Indian journal of veterinary science and animal husbandry - Volume 7,
Year: 1937
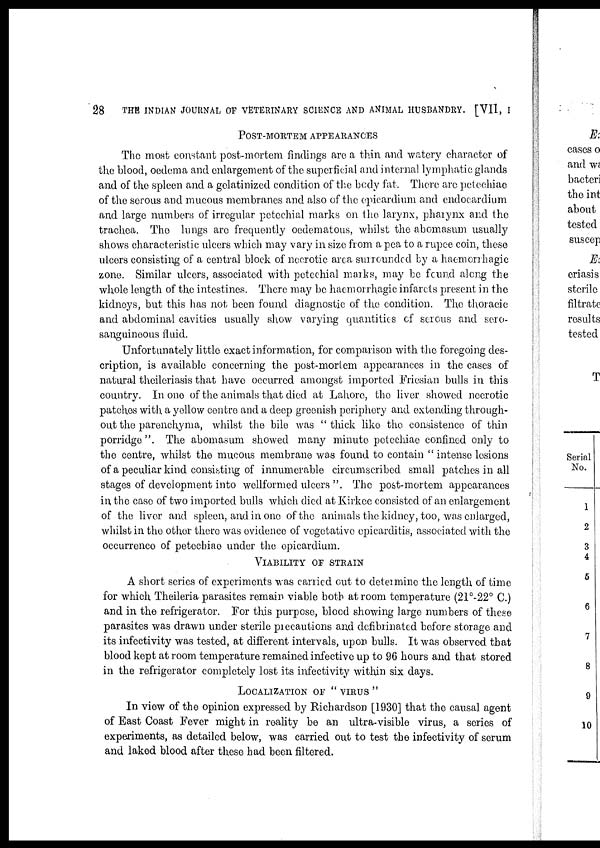
28
THE INDIAN JOURNAL OF VETERINARY SCIENCE AND ANIMAL HUSBANDRY. [VII, I
POST-MORTEM APPEARANCES
The most constant post-mortem findings are a thin and watery character of
the blood, oedema and enlargement of the superficial and internal lymphatic glands
and of the spleen and a gelatinized condition of the body fat. There are petechiae
of the serous and mucous membranes and also of the epicardium and endocardium
and large numbers of irregular petechial marks on the larynx, pharynx and the
trachea. The lungs are frequently oedematous, whilst the abomasum usually
shows characteristic ulcers which may vary in size from a pea to a rupee coin, these
ulcers consisting of a central block of necrotic area surrounded by a haemorrhagic
zone. Similar ulcers, associated with petechial marks, may be found along the
whole length of the intestines. There may be haemorrhagic infarcts present in the
kidneys, but this has not been found diagnostic of the condition. The thoracic
and abdominal cavities usually show varying quantities of serous and sero-
sanguineous fluid.
Unfortunately little exact information, for comparison with the foregoing des-
cription, is available concerning the post-mortem appearances in the cases of
natural theileriasis that have occurred amongst imported Friesian bulls in this
country. In one of the animals that died at Lahore, the liver showed necrotic
patches with a yellow centre and a deep greenish periphery and extending through-
out the parenchyma, whilst the bile was "thick like the consistence of thin
porridge". The abomasum showed many minute petechiae confined only to
the centre, whilst the mucous membrane was found to contain " intense lesions
of a peculiar kind consisting of innumerable circumscribed small patches in all
stages of development into wellformed ulcers ". The post-mortem appearances
in, the case of two imported bulls which died at Kirkee consisted of an enlargement
of the liver and spleen, and in one of the animals the kidney, too, was enlarged,
whilst in the other there was evidence of vegetative epicarditis, associated with the
occurrence of petechiae under the epicardium.
VIABILITY OF STRAIN
A short series of experiments was carried out to determine the length of time
for which Theileria parasites remain viable both at room temperature (21°-22° C.)
and in the refrigerator. For this purpose, blood showing large numbers of these
parasites was drawn under sterile precautions and defibrinated before storage and
its infectivity was tested, at different intervals, upon bulls. It was observed that
blood kept at room temperature remained infective up to 96 hours and that stored
in the refrigerator completely lost its infectivity within six days.
LOCALIZATION OF " VIRUS "
In view of the opinion expressed by Richardson [1930] that the causal agent
of East Coast Fever might in reality be an ultra-visible virus, a series of
experiments, as detailed below, was carried out to test the infectivity of serum
and laked blood after these had been filtered.